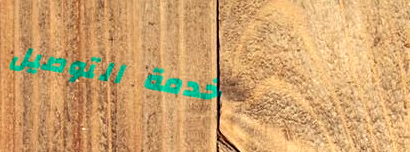
خدمة التوصيل